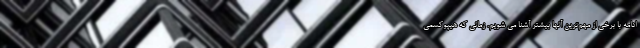
ادامه با برخی از مهم‌ترین آنها بیشتر آشنا می شویم. زمانی که هیپوکسمی